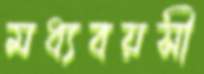
মধ্যবয়সী